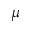
\mu